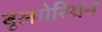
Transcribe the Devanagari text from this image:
बुलगेरियन